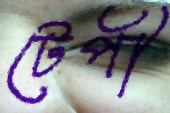
টেপী